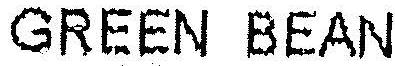
GREEN BEAN